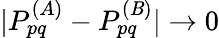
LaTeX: |P_{pq}^{(A)}-P_{pq}^{(\mathit{B})}|\rightarrow0